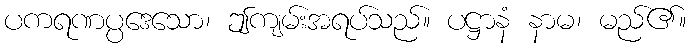
ပကရဏပ္ပဒေသော၊ ဤကျမ်းအရပ်သည်။ ပဋ္ဌာနံ နာမ၊ မည်၏။